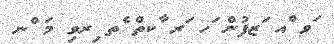
ަވ ްއ ަޒފުން ަހ ަރ ާކތް ެތ ިރވި މަ ްނ